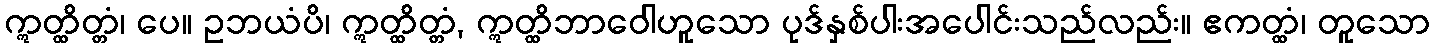
ဣတ္ထိတ္တံ၊ ပေ။ ဥဘယံပိ၊ ဣတ္ထိတ္တံ, ဣတ္ထိဘာဝေါဟူသော ပုဒ်နှစ်ပါးအပေါင်းသည်လည်း။ ဧကတ္ထံ၊ တူသော